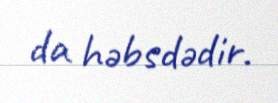
da həbsdədir.